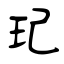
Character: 玘